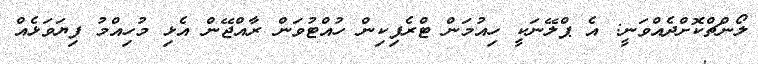
ލޯންޗްކޮށްދެއްވަނީ: އެ ޕްލޭނަކީ ހިއުމަން ޓްރެފިކިން ހުއްޓުވަން ރާއްޖޭން އެޅި މުހިއްމު ފިޔަވަޅެއް